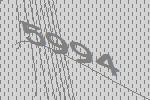
5994